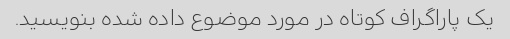
یک پاراگراف کوتاه در مورد موضوع داده شده بنویسید.